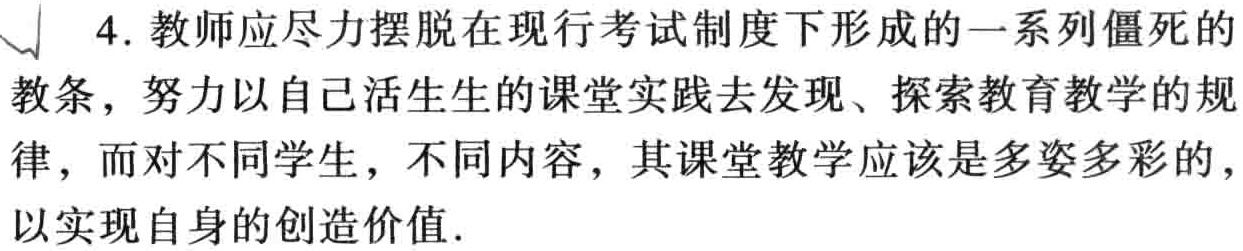
4. 教师应尽力摆脱在现行考试制度下形成的一系列僵死的
教条，努力以自己活生生的课堂实践去发现、探索教育教学的规
律，而对不同学生，不同内容，其课堂教学应该是多姿多彩的，
以实现自身的创造价值.